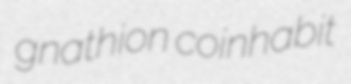
gnathion coinhabit